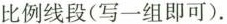
比例线段(写一组即可)。